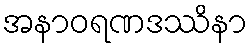
အနာဝရဏဒဿိနာ